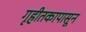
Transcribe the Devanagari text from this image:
गृहीतकापासून